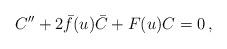
LaTeX: \begin{align*}C^{\prime\prime}+2\bar{f}(u)\bar{C}+F(u)C=0\,,\end{align*}